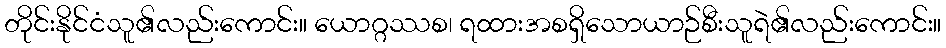
တိုင်းနိုင်ငံသူ၏လည်းကောင်း။ ယောဂ္ဂဿစ၊ ရထားအစရှိသောယာဉ်စီးသူရဲ၏လည်းကောင်း။